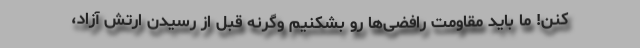
کنن! ما باید مقاومت رافضی‌ها رو بشکنیم وگرنه قبل از رسیدن ارتش آزاد،